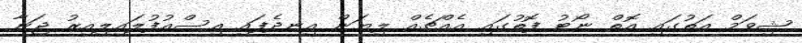
ޝިވަމް އަތުގައި އޮތް ނޯޓު ފޮތުގައި އެއްޗެއް ލިޔަން އިނދެފައި އިސްއުފުލައިލިއިރު ޖަނާ